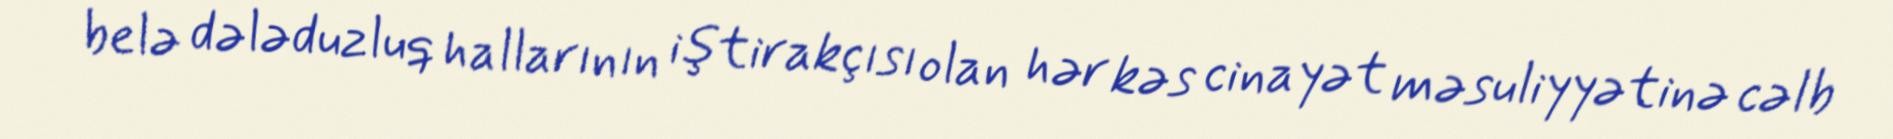
belə dələduzluq hallarının iştirakçısı olan hər kəs cinayət məsuliyyətinə cəlb